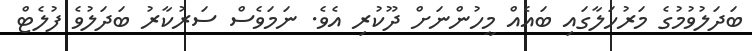
ބަދަލުވުމުގެ މަރުހަލާގައި ބައެއް މީހުންނަށް ދޫކުރި އެވެ. ނަމަވެސް ސަރުކާރު ބަދަލުވެ ފުލެޓް